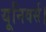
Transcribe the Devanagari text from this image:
यूनिवर्स।